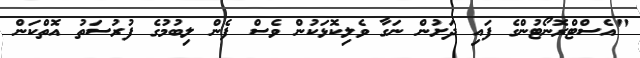
"އެސްޓްރޮނޯޓުންގެ ފައި ދަށުން ނަގާ ވެލިކޮޅަކުން ވެސް ފެން ލިބުމުގެ ފުރުސަތު އޮތްކަން